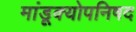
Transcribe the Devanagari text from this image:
मांडूक्योपनिषद